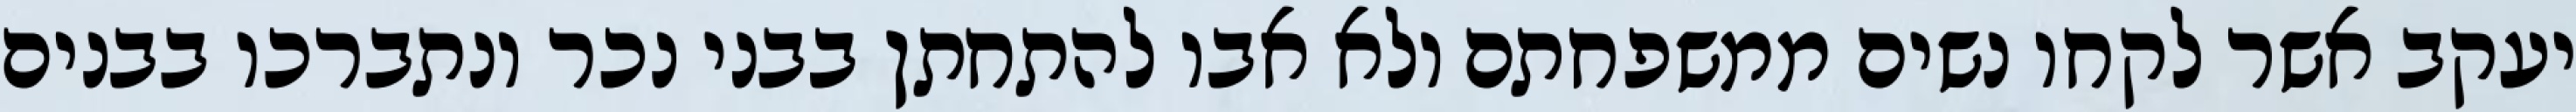
יעקב אשר לקחו נשים ממשפחתם ולא אבו להתחתן בבני נכר ונתברכו בבנים